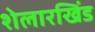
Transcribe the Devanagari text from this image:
शेलारखिंड